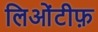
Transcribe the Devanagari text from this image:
लिओंटीफ़